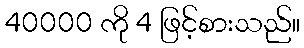
40000 ကို 4 ဖြင့်စားသည်။